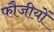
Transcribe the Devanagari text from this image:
फौजीयों